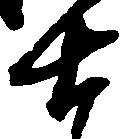
士